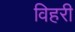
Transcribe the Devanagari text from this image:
विहरी